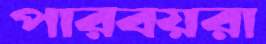
পারবয়রা